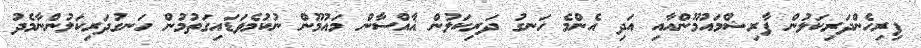
ފިރިހެންދަރިކަލުން ފާރިޝްމައުމޫންއާއި އަދި އެންމެ ހަނގު ދަރިކަލުން ޣާއްސާން މައުމޫން ނުކުމެވަޑައިގަތުމުން ހަނގުދަރިކަލުންނާމެދު